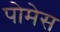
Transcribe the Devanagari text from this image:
पोमेस